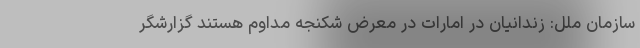
سازمان ملل: زندانیان در امارات در معرض شکنجه مداوم هستند گزارشگر